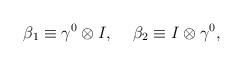
LaTeX: \begin{align*}{\beta}_1 \equiv {\gamma}^0 \otimes I ,\hspace{5 mm}{\beta}_2 \equiv I \otimes {\gamma}^0 ,\end{align*}